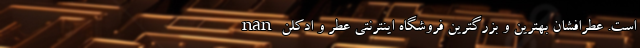
است. عطرافشان بهترین و بزرگترین فروشگاه اینترنتی عطر و ادکلن nan